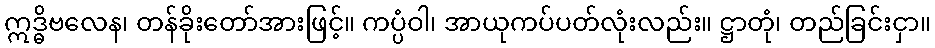
ဣဒ္ဓိဗလေန၊ တန်ခိုးတော်အားဖြင့်။ ကပ္ပံဝါ၊ အာယုကပ်ပတ်လုံးလည်း။ ဋ္ဌာတုံ၊ တည်ခြင်းငှာ။